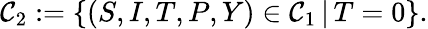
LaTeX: \mathcal{C}_{2}:=\{ (S,I,T,P,Y)\in\mathcal{C}_{1}\, |\, T=0\} .